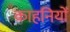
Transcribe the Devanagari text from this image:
काहनियों